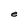
Character: e